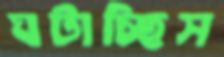
ঘটাচ্ছিস